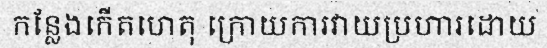
កន្លែងកើតហេតុ ក្រោយការវាយប្រហារដោយ